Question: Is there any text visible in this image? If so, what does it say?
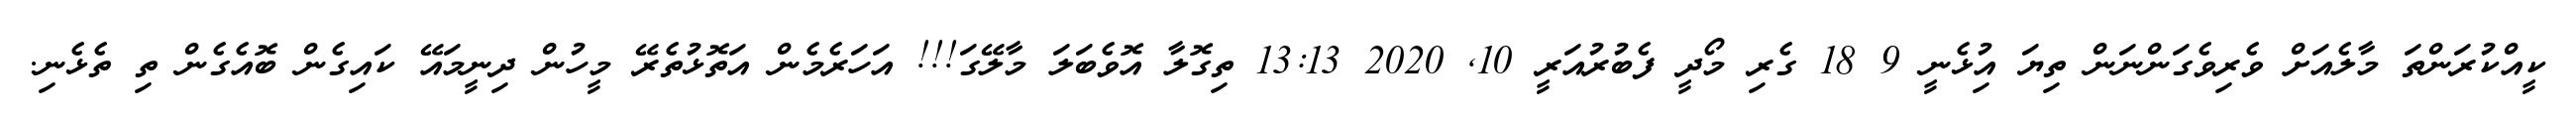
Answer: ކީއްކުރަންތަ މާލެއަށް ވެރިވެގަންނަން ތިޔަ އިުޅެނީ 9 18 ގެރި މޯދީ ފެބުރުއަރީ 10, 2020 13:13 ތިގޮލާ އޮވެބަލަ މާލޭގަ!!! އަހަރެމެން އަތޮޅުތެރޭ މީހުން ދިނީމައޭ ކައިގެން ބޮއެގެން ތި ތެޅެނި.